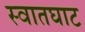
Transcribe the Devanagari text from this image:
स्वातघाट